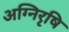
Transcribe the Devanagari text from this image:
अग्निरृषि